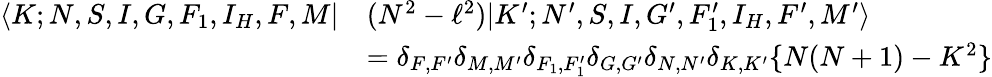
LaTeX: \begin{array}{rl}{\langle K;N,S,I,G,F_{1},I_{H},F,M|}&{(N^{2}-\ell^{2})|K^{\prime};N^{\prime},S,I,G^{\prime},F_{1}^{\prime},I_{H},F^{\prime},M^{\prime}\rangle}\\ &{=\delta_{F,F^{\prime}}\delta_{M,M^{\prime}}\delta_{F_{1},F_{1}^{\prime}}\delta_{G,G^{\prime}}\delta_{N,N^{\prime}}\delta_{K,K^{\prime}}\lbrace N(N+1)-K^{2}\rbrace}\end{array}